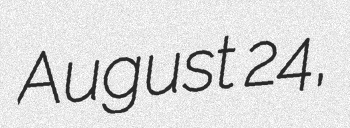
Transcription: August 24,